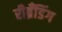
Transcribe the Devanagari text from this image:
रीब्रॅंडिंग